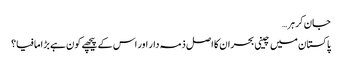
جان کر ہر…
پاکستان میں چینی بحران کا اصل ذمہ دار اور اس کے پیچھے کون ہے بڑا مافیا؟